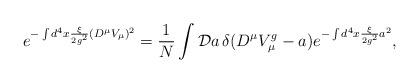
LaTeX: \begin{align*}e^{-\int d^{4} x \frac{\xi}{2g^{2}} (D^{\mu} V_{\mu})^{2}} = \frac{1}{N} \int {\cal D}a \, \delta(D^{\mu} V^{g}_{\mu} - a) e^{-\int d^{4} x \frac{\xi}{2g^{2}} a^{2}},\end{align*}